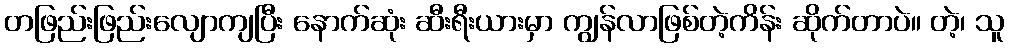
တဖြည်းဖြည်းလျောကျပြီး နောက်ဆုံး ဆီးရီးယားမှာ ကျွန်လာဖြစ်တဲ့ကိန်း ဆိုက်တာပဲ။ တဲ့၊ သူ